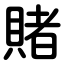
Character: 賭